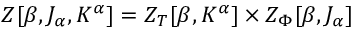
Z [ \beta , J _ { \alpha } , K ^ { \alpha } ] = Z _ { T } [ \beta , K ^ { \alpha } ] \times Z _ { \Phi } [ \beta , J _ { \alpha } ]